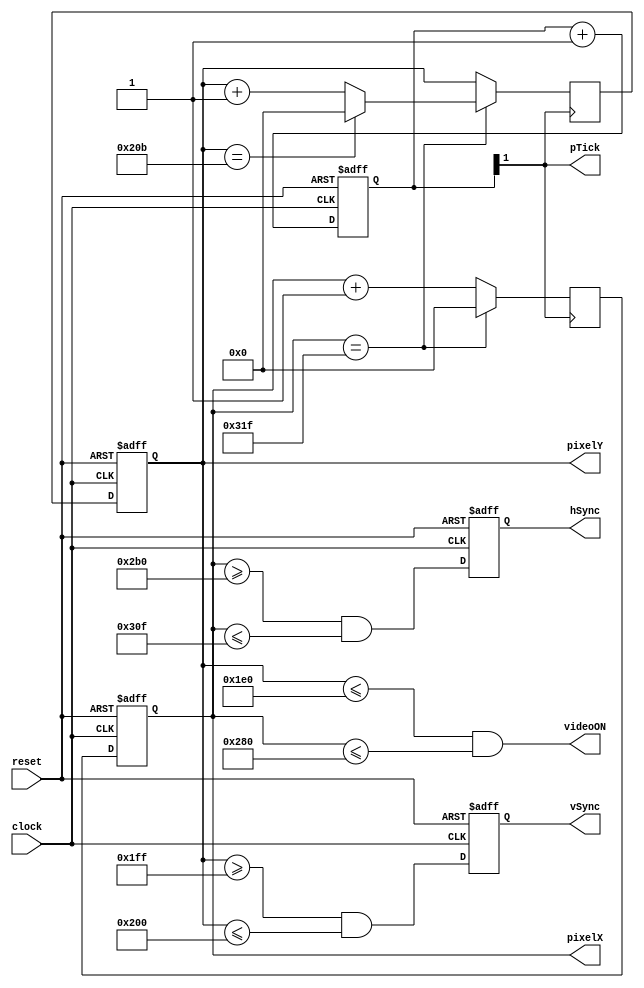
`timescale 1ns / 1ps
//////////////////////////////////////////////////////////////////////////////////
// Company: 
// Engineer: 
// 
// Design Name: 
// Module Name: VGA_Sync
// Project Name: 
// Target Devices: 
// Tool Versions: 
// Description: 
// 
// Dependencies: 
// 
// Revision:
// Revision 0.01 - File Created
// Additional Comments:
// 
//////////////////////////////////////////////////////////////////////////////////


module VGA_Sync(
    input clock, reset,
    output hSync, vSync, videoON, pTick,
    output [9:0] pixelX, pixelY //to get the coordintes of pixel during scanning.
    );
    /*------------------------------------*/
    /*-------------CONSTANTS--------------*/
    //parameters defining the screen.
    localparam HORIZONTAL_DISPLAY = 640;
    localparam HORIZONTAL_LEFT = 16;
    localparam HORIZONTAL_RIGHT = 48;
    localparam HORIZONTAL_RETRACE = 96;
    
    localparam VERTICAL_DISPLAY = 480;
    localparam VERTICAL_TOP = 11;
    localparam VERTICAL_BOTTOM = 31;
    localparam VERTICAL_RETRACE = 2;


    /*------------------------------------*/
   
    
    reg[9:0] horizontalCount, verticalCount;
    reg[9:0] horizontalCountNext, verticalCountNext;
    //to keep count of horizontal and vertical scanning.
    
    reg verticalSync, horizontalSync;
    wire verticalSyncNext, horizontalSyncNext;
    /*the reg ones are connected to the vSync & hSync and the wire
    ones are updated according to certain condition and are connected
    to the reg ones */
    
    wire verticalEnd, horizontalEnd;
    //indicate the end of horizontal or vertical screen reading.
    
    always@(posedge clock or posedge reset)
    begin
        if(reset)
        begin
            verticalSync = 0;
            horizontalSync = 0;
            horizontalCount = 0;
            verticalCount = 0;
        end
        else
        begin
            verticalSync <= verticalSyncNext;
            horizontalSync <= horizontalSyncNext;
            verticalCount <= verticalCountNext;
            horizontalCount <= horizontalCountNext;
        end
    end
    /*-----------------------------------------*/
    /*-----------------------------------------*/
    
    /*We need to convert the 100MHz clock to 65MHz
    in order to support the requirement of 60Hz VGA
    monitor to have a resolution of 1024X768 - (Not yet done)
    Right now it is 25MHz.
    
    Edit: the code is now working and the VGA does show up output,
    but it is happening only at a resolution of 640x480 with
    pixel frequency of 25MHz. clock25 wire contains the 25MHz clock
    (24.762, more precisely, generated using Clocking Wizard).
    */
    wire clock65;   //65MHz (unused)
    wire clock40;   //40MHz (unused)
    reg[3:0] clock25;   //25MHz
    
//    CustomClock mygate(.clk_in1(clock), .clk_out1(clock65), .clk_out2(clock40), .clk_out3(clock25)); 
    
    always@(posedge clock or posedge reset)begin
        if(reset)clock25<=0;
        else clock25<=clock25+1;
    end
    //CustomClock module automatically created using Clocking Wizard.
    
    /*-------------------------------------------*/
    /*-------------------------------------------*/
    //Signals detecting the end of the line/screen
    assign verticalEnd = (verticalCount==(VERTICAL_DISPLAY + VERTICAL_TOP + VERTICAL_BOTTOM + VERTICAL_RETRACE-1));
    
    assign horizontalEnd = (horizontalCount==(HORIZONTAL_DISPLAY + HORIZONTAL_LEFT + HORIZONTAL_RIGHT + HORIZONTAL_RETRACE-1));
    /*-------------------------------------------*/
    
    
    /*-------------------------------------------*/
    /*-------------------------------------------*/
    //always loop for keeping track of horizontal scanning
    always@(posedge clock25[1])
    begin
        //if(posedge clock65)
        begin
            if(horizontalEnd)
            horizontalCountNext = 0;
            else
            horizontalCountNext = horizontalCount + 1;
        end
        //else
        //horizontalCountNext = horizontalCount;//essentialy changes nothing.
    end
    /*-------------------------------------------*/
    
    /*-------------------------------------------*/
    /*-------------------------------------------*/
    //always loop for keeping track of vertical scanning
    always@(posedge clock25[1])    //25Mhz custom clock with the completetion of one horizontal line scanning.
    begin
        if(horizontalEnd)   
        begin
            if(verticalEnd)
            verticalCountNext = 0;
            else
            verticalCountNext = verticalCount + 1;
        end
        else
        verticalCountNext = verticalCount;
    end
    /*-------------------------------------------*/
        
    assign horizontalSyncNext = (horizontalCount>=(HORIZONTAL_DISPLAY+HORIZONTAL_RIGHT) && horizontalCount<=(HORIZONTAL_DISPLAY+HORIZONTAL_RIGHT+HORIZONTAL_RETRACE-1));
    assign verticalSyncNext = (verticalCount>=(VERTICAL_DISPLAY+VERTICAL_BOTTOM) && verticalCount<=(VERTICAL_DISPLAY+VERTICAL_BOTTOM+VERTICAL_RETRACE-1));
    
    
    /*-------------------------------------------*/
    /*connecting the outputs of this module with its local variables*/
    
    assign videoON = (verticalCount <= VERTICAL_DISPLAY && horizontalCount <= HORIZONTAL_DISPLAY);
    //as long as the scanning is in the intended area (640X480), keep the display ON
    
    assign hSync = horizontalSync;
    assign vSync = verticalSync;
    assign pixelX = horizontalCount;
    assign pixelY = verticalCount;
    assign pTick = clock25[1];
    
endmodule